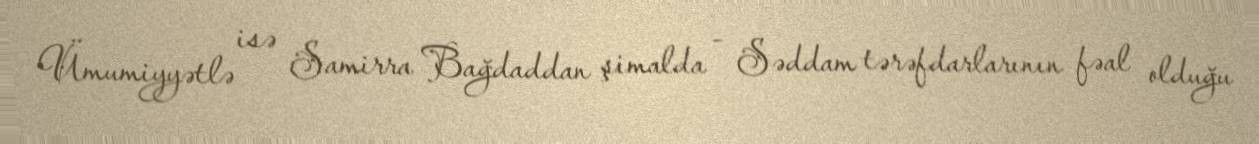
Ümumiyyətlə isə Samirra Bağdaddan şimalda - Səddam tərəfdarlarının fəal olduğu